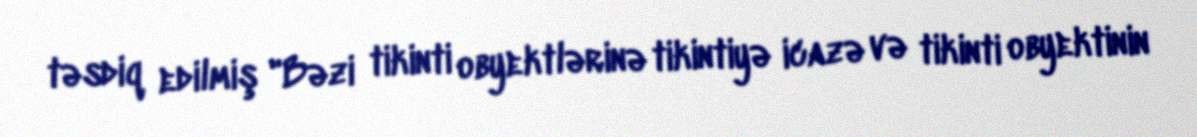
təsdiq edilmiş "Bəzi tikinti obyektlərinə tikintiyə icazə və tikinti obyektinin